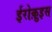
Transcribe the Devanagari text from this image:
ईरोक़ुइस